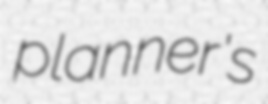
planner's